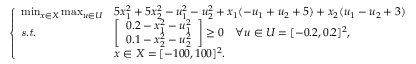
\left\{ \begin{array} { l l l } { \operatorname* { m i n } _ { x \in X } \operatorname* { m a x } _ { u \in U } } & { 5 x _ { 1 } ^ { 2 } + 5 x _ { 2 } ^ { 2 } - u _ { 1 } ^ { 2 } - u _ { 2 } ^ { 2 } + x _ { 1 } ( - u _ { 1 } + u _ { 2 } + 5 ) + x _ { 2 } ( u _ { 1 } - u _ { 2 } + 3 ) } \\ { \mathit { s . t . } } & { \left[ \begin{array} { l } { 0 . 2 - x _ { 1 } ^ { 2 } - u _ { 1 } ^ { 2 } } \\ { 0 . 1 - x _ { 2 } ^ { 2 } - u _ { 2 } ^ { 2 } } \end{array} \right] \geq 0 \quad \forall u \in U = [ - 0 . 2 , 0 . 2 ] ^ { 2 } , } \\ & { x \in X = [ - 1 0 0 , 1 0 0 ] ^ { 2 } . } \end{array} \right.